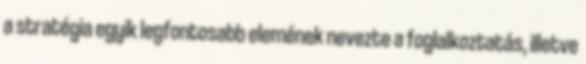
a stratégia egyik legfontosabb elemének nevezte a foglalkoztatás, illetve